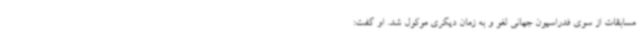
مسابقات از سوی فدراسیون جهانی لغو و به زمان دیگری موکول شد. او گفت: